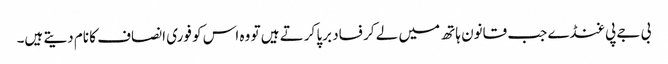
بی جے پی غنڈے جب قانون ہاتھ میں لے کر فساد برپا کرتے ہیں تو وہ اس کو فوری انصاف کا نام دیتے ہیں۔